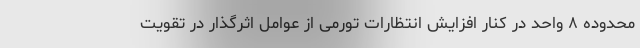
محدوده ۸ واحد در کنار افزایش انتظارات تورمی از عوامل اثرگذار در تقویت